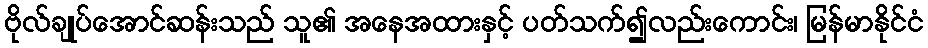
ဗိုလ်ချုပ်အောင်ဆန်းသည် သူ၏ အနေအထားနှင့် ပတ်သက်၍လည်းကောင်း၊ မြန်မာနိုင်ငံ